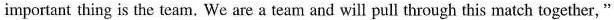
important thing is the team. We are a team and will pull through this match together, "